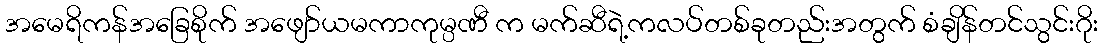
အမေရိကန်အခြေစိုက် အဖျော်ယမကာကုမ္ပဏီ က မက်ဆီရဲ့ကလပ်တစ်ခုတည်းအတွက် စံချိန်တင်သွင်းဂိုး